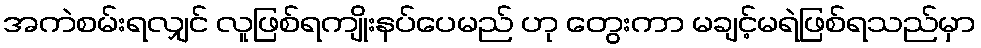
အကဲစမ်းရလျှင် လူဖြစ်ရကျိုးနပ်ပေမည် ဟု တွေးကာ မချင့်မရဲဖြစ်ရသည်မှာ